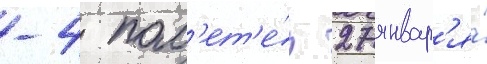
-4 пол'ет'е́л 27 январ'я́